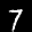
Label: 7